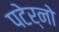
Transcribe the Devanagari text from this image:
पटेर्नो